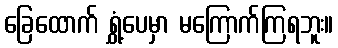
ခြေထောက် ရွှံ့ပေမှာ မကြောက်ကြရဘူး။